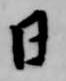
日